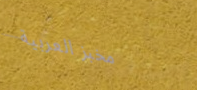
مخبز العربية